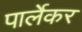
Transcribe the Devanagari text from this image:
पार्लेकर